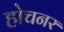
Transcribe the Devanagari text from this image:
होचनर